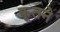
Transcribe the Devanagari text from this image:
कूतने